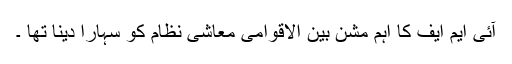
آئی ایم ایف کا اہم مشن بین الاقوامی معاشی نظام کو سہارا دینا تھا ۔